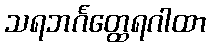
သရဘင်္ဂတ္ထေရဂါထာ